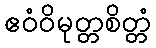
ဧဝံဝိမုတ္တစိတ္တံ